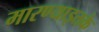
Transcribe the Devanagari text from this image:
मारण्याइतके